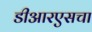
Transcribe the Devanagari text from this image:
डीआरएसचा